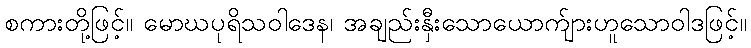
စကားတို့ဖြင့်။ မောဃပုရိသဝါဒေန၊ အချည်းနှီးသောယောက်ျားဟူသောဝါဒဖြင့်။